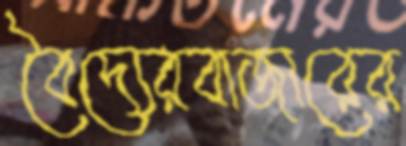
বৈদ্যেরবাজারের